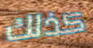
كذلك